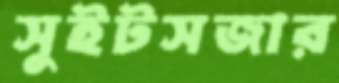
সুইটসজার